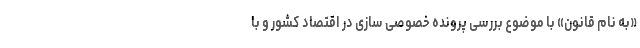
«به نام قانون» با موضوع بررسی پرونده خصوصی سازی در اقتصاد کشور و با